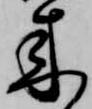
来